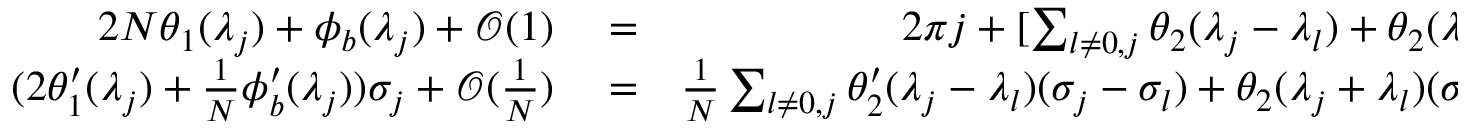
\begin{array} { r l r } { 2 N \theta _ { 1 } ( \lambda _ { j } ) + \phi _ { b } ( \lambda _ { j } ) + \mathcal { O } ( 1 ) } & { { } = } & { 2 \pi j + [ \sum _ { l \neq 0 , j } \theta _ { 2 } ( \lambda _ { j } - \lambda _ { l } ) + \theta _ { 2 } ( \lambda _ { j } + \lambda _ { l } ) ] } \\ { ( 2 \theta _ { 1 } ^ { \prime } ( \lambda _ { j } ) + \frac { 1 } { N } \phi _ { b } ^ { \prime } ( \lambda _ { j } ) ) \sigma _ { j } + \mathcal { O } ( \frac { 1 } { N } ) } & { { } = } & { \frac { 1 } { N } \sum _ { l \neq 0 , j } \theta _ { 2 } ^ { \prime } ( \lambda _ { j } - \lambda _ { l } ) ( \sigma _ { j } - \sigma _ { l } ) + \theta _ { 2 } ( \lambda _ { j } + \lambda _ { l } ) ( \sigma _ { j } + \sigma _ { l } ) ] } \end{array}